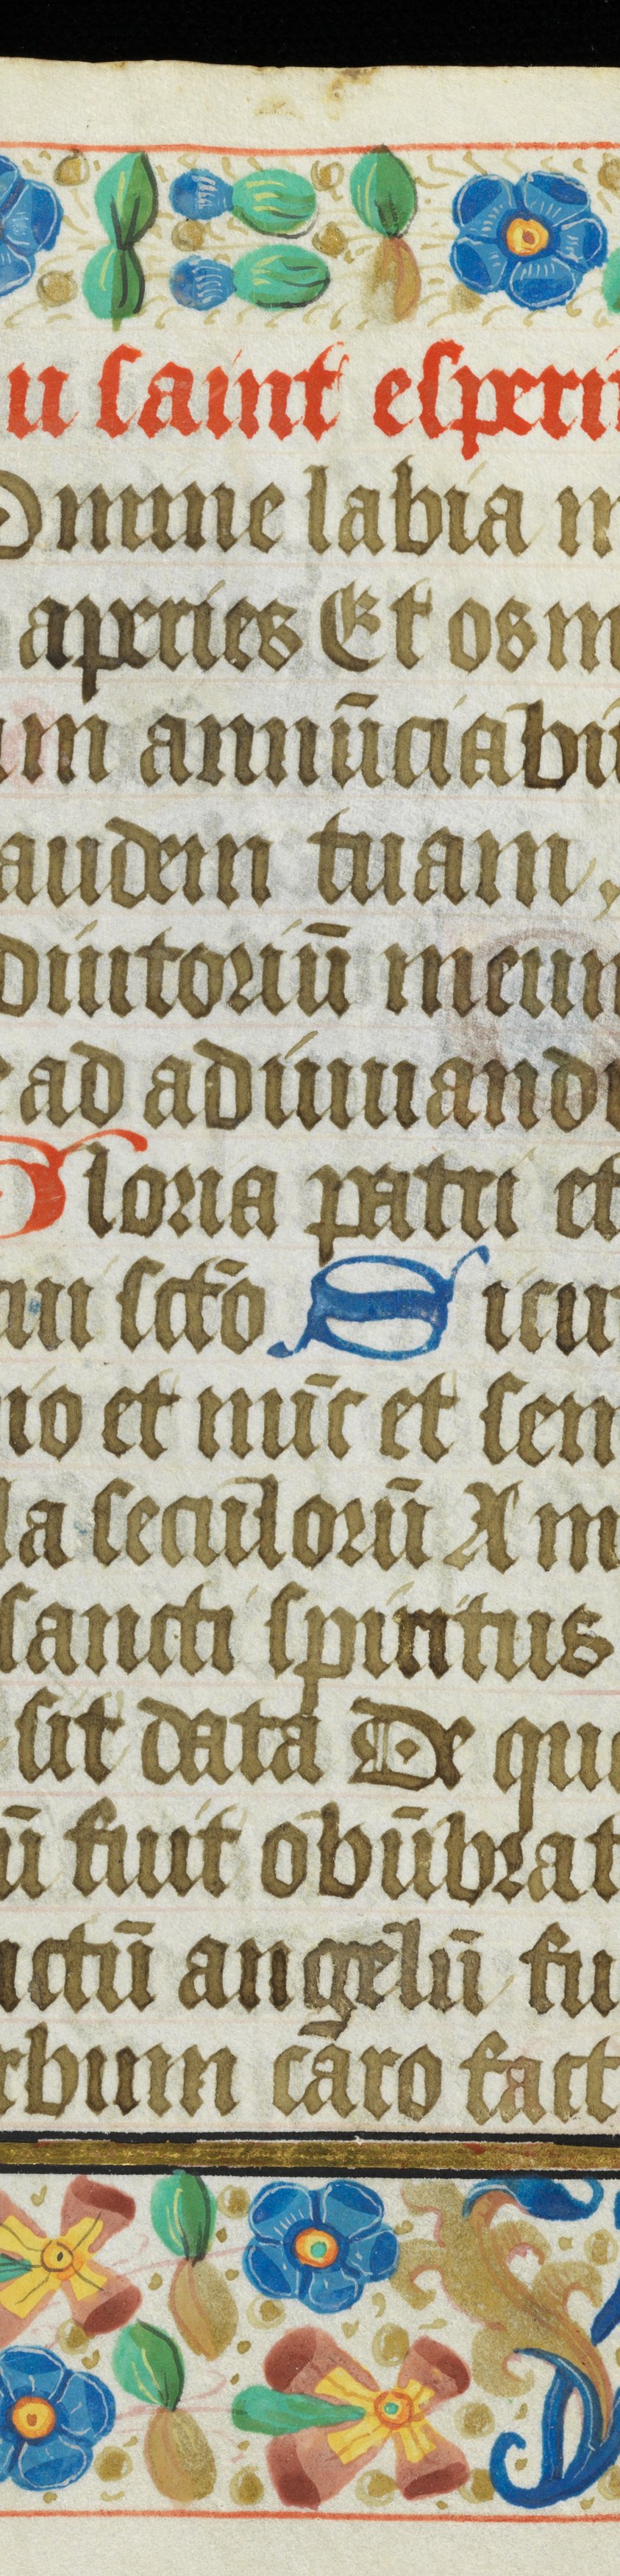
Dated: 1485–1515